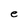
Character: e